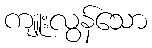
ကျူးလွန်သော